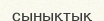
сынықтық